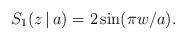
LaTeX: \begin{align*}S_1(z\,|\,a) = 2\sin(\pi w/a).\end{align*}